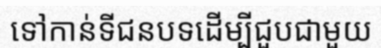
ទៅកាន់ទីជនបទដើម្បីជួបជាមួយ